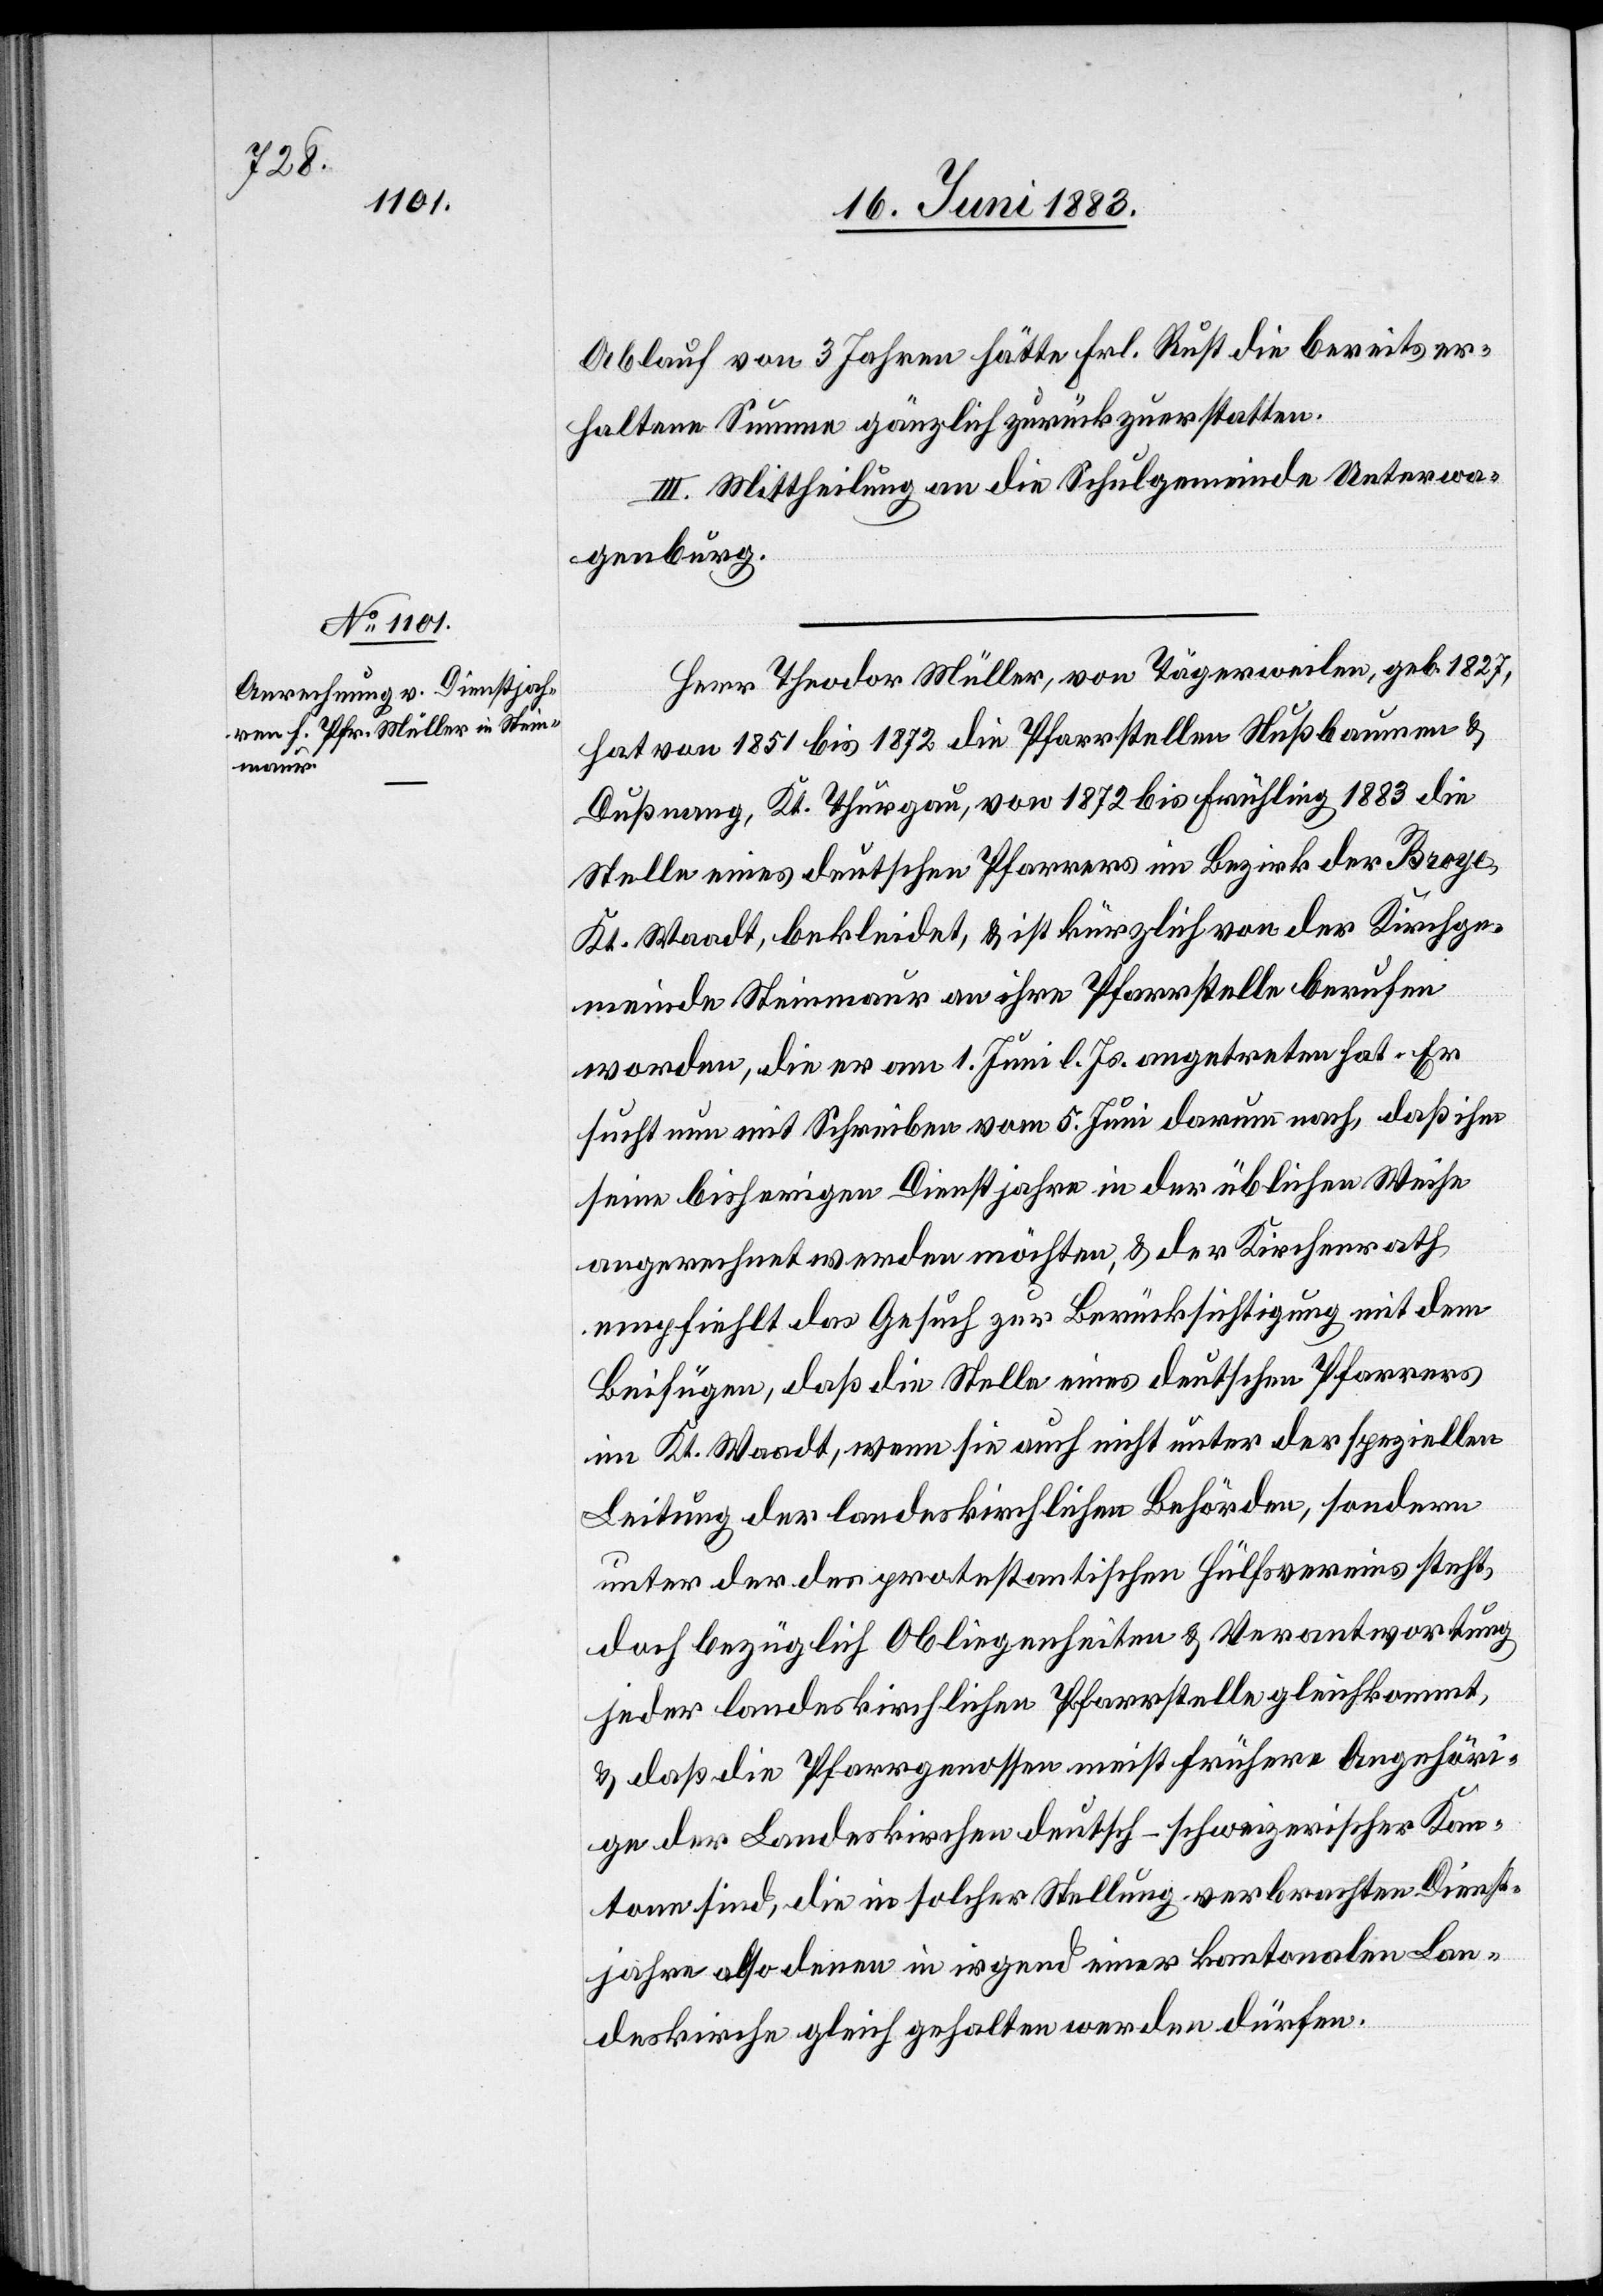
Ablauf von 3 Jahren hätte Frl. Rust die bereits er¬
haltene Summe gänzlich zurückzuerstatten.
III. Mittheilung an die Schulgemeinde Unterwa¬
genburg.
Herr Theodor Müller, von Tägerweilen, geb. 1827,
hat von 1851 bis 1872 die Pfarrstellen Nußbaumen &
Dußnang, Kt. Thurgau, von 1872 bis Frühling 1883 die
Stelle eines deutschen Pfarrers im Bezirk der Broye
Kt. Waadt, bekleidet, & ist kürzlich von der Kirchge¬
meinde Steinmaur an ihre Pfarrstelle berufen
worden, die er am 1. Juni l. Js. angetreten hat. Er
sucht nun mit Schreiben vom 5. Juni darum nach, daß ihm
seine bisherigen Dienstjahre in der üblichen Weise
angerechnet werden möchten, & der Kirchenrath
empfiehlt das Gesuch zur Berücksichtigung mit dem
Beifügen, daß die Stelle eines deutschen Pfarrers
im Kt. Waadt, wenn sie auch nicht unter der speziellen
Leitung der landeskirchlichen Behörden, sondern
unter der des protestantischen Hülfsvereins steht,
doch bezüglich Obliegenheiten & Verantwortung
jeder landeskirchlichen meist frühere Angehör¬
ige der Landeskirchen deutsch-schweizerischer Kan¬
tone sind, die in solcher Stellung verbrachten Dienst¬
jahre also denen in irgend einer kantonalen Lan¬
deskirche gleich gehalten werden dürfen.